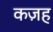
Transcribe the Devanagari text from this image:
कज़ह